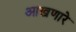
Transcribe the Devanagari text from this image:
आखणारे